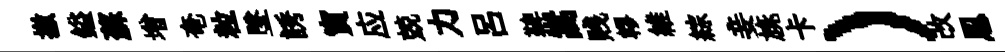
撤鎰蘇增奄粒墜誘寅应兢力呂鞞嵩贱轇維綜妾旐卡）改㤙